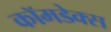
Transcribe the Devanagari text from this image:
कॉमडेक्स